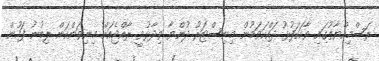
ރަސްމިއްޔާތުގައި ވާހަކަފުޅު ދައްކަވަމުން މިނިސްޓަރު ދުންޔާ ވިދާޅުވީ ރާއްޖެއަށް މިނިވަންކަން ލިބުނު ފަހުން